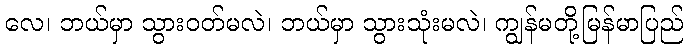
လေ၊ ဘယ်မှာ သွားဝတ်မလဲ၊ ဘယ်မှာ သွားသုံးမလဲ၊ ကျွန်မတို့မြန်မာပြည်